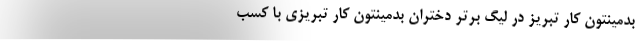
بدمینتون کار تبریز در لیگ برتر دختران بدمینتون کار تبریزی با کسب